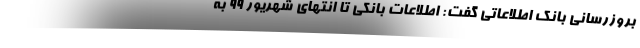
بروزرسانی بانک اطلاعاتی گفت: اطلاعات بانکی تا انتهای شهریور ۹۹ به